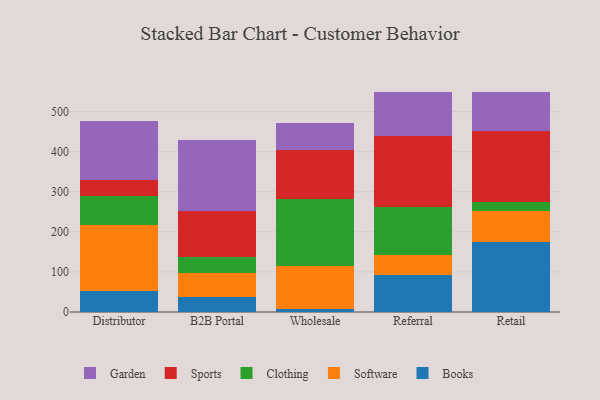
{"axis": {"x": "Channel", "y": "Energy Usage (MWh)"}, "legend": ["Books", "Clothing", "Garden", "Software", "Sports"], "data": [{"x": "Distributor", "y": 51.4, "type": "Books"}, {"x": "Distributor", "y": 165.7, "type": "Software"}, {"x": "Distributor", "y": 71.6, "type": "Clothing"}, {"x": "Distributor", "y": 39.7, "type": "Sports"}, {"x": "Distributor", "y": 148.8, "type": "Garden"}, {"x": "B2B Portal", "y": 37.0, "type": "Books"}, {"x": "B2B Portal", "y": 61.2, "type": "Software"}, {"x": "B2B Portal", "y": 38.0, "type": "Clothing"}, {"x": "B2B Portal", "y": 116.7, "type": "Sports"}, {"x": "B2B Portal", "y": 175.2, "type": "Garden"}, {"x": "Wholesale", "y": 7.9, "type": "Books"}, {"x": "Wholesale", "y": 106.8, "type": "Software"}, {"x": "Wholesale", "y": 168.4, "type": "Clothing"}, {"x": "Wholesale", "y": 121.0, "type": "Sports"}, {"x": "Wholesale", "y": 67.8, "type": "Garden"}, {"x": "Referral", "y": 92.0, "type": "Books"}, {"x": "Referral", "y": 49.0, "type": "Software"}, {"x": "Referral", "y": 120.1, "type": "Clothing"}, {"x": "Referral", "y": 177.2, "type": "Sports"}, {"x": "Referral", "y": 111.6, "type": "Garden"}, {"x": "Retail", "y": 174.0, "type": "Books"}, {"x": "Retail", "y": 77.6, "type": "Software"}, {"x": "Retail", "y": 21.8, "type": "Clothing"}, {"x": "Retail", "y": 177.0, "type": "Sports"}, {"x": "Retail", "y": 98.3, "type": "Garden"}]}